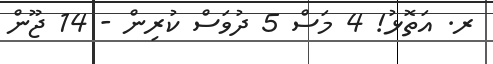
ރ. އަތޮޅު! 4 މަސް 5 ދުވަސް ކުރިން - 14 ޖޫން